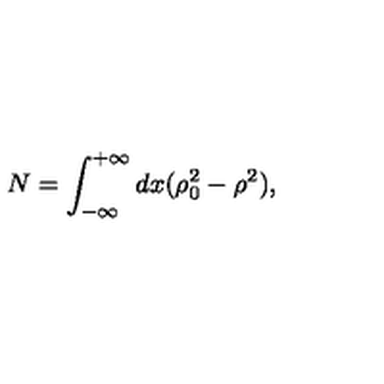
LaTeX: N = \int _ { - \infty } ^ { + \infty } d x ( \rho _ { 0 } ^ { 2 } - \rho ^ { 2 } ) ,